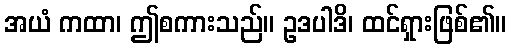
အယံ ကထာ၊ ဤစကားသည်။ ဥဒပါဒိ၊ ထင်ရှားဖြစ်၏။